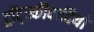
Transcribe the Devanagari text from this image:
ट्रॉट्स्कीवादियों